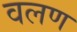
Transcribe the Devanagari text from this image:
वलण